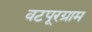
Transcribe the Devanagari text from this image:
वटपूरग्राम